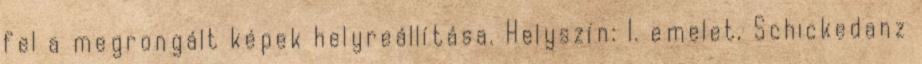
fel a megrongált képek helyreállítása. Helyszín: I. emelet, Schickedanz